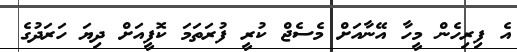
އެ ފިރިހެން މީހާ އޭނާއަށް މެސެޖް ކުރީ ފުރަތަމަ ކޮފީއަށް ދިޔަ ހަރަދުގެ